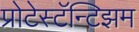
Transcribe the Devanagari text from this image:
प्रोटेस्टॅन्टिझम